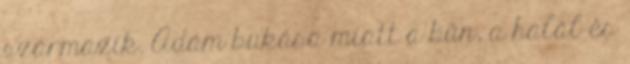
származik. Ádám bukása miatt a bűn, a halál és